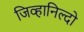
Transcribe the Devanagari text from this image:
जिव्हानिल्दो